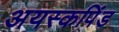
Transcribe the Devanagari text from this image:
अयस्कपिंड